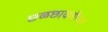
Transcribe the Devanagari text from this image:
छळछावणीच्या